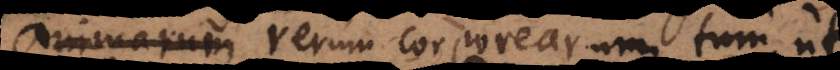
incipium rerum corporearum, tum ut